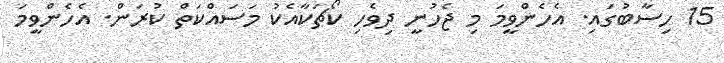
15 ހިސާބުގައި. އެހެންވީމަ މި ޖެހުނީ ދިވެހި ކޯޗަކާއެކު މަސައްކަތް ކުރަން. އެހެންވީމަ